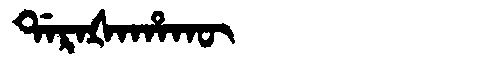
Manchu: ᡩᠠᡵᠠᡧᠠᡥᠠᡴᡡ
Romanization: DARAŠAHAKŪ